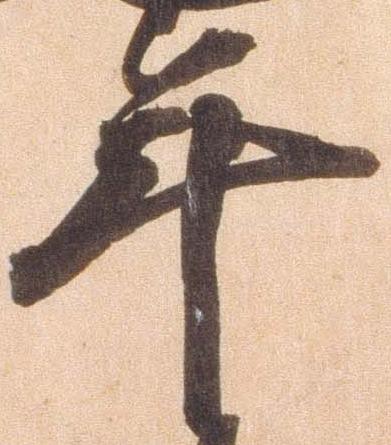
年